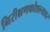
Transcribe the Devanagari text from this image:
निरीक्षणकौशल्यावर